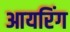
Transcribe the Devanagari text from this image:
आयरिंग